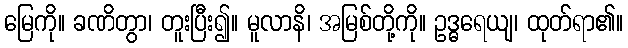
မြေကို။ ခဏိတွာ၊ တူးပြီး၍။ မူလာနိ၊ အမြစ်တို့ကို။ ဥဒ္ဓရေယျ၊ ထုတ်ရာ၏။